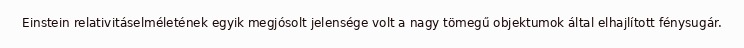
Einstein relativitáselméletének egyik megjósolt jelensége volt a nagy tömegű objektumok által elhajlított fénysugár.